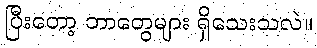
ပြီးတော့ ဘာတွေများ ရှိသေးသလဲ။